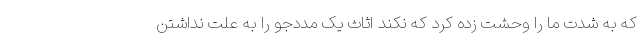
که به شدت ما را وحشت زده کرد که نکند اثاث یک مددجو را به علت نداشتن